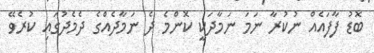
ބޮޑު ފާފައެއް ނުކުރާ ނަމަ ނަމާދަކީ ކޮންމެ ދެ ނަމާދެއްގެ ދެމެދުގައި ކުރެވޭ